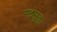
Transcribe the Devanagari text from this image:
मठसुद्धा